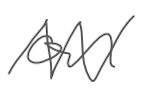
Text: on
Cross-out: zig-zag
Writing tool: digital_gray